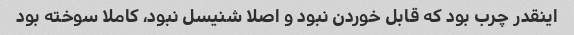
اینقدر چرب بود که قابل خوردن نبود و اصلا شنیسل نبود، کاملا سوخته بود